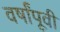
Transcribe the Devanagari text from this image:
वर्षांपूवी